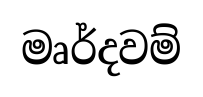
මෘර්දවම්